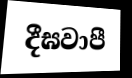
දීඝවාපී